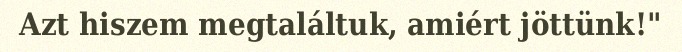
Azt hiszem megtaláltuk, amiért jöttünk!"